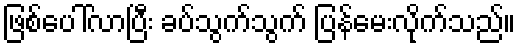
ဖြစ်ပေါ်လာပြီး ခပ်သွက်သွက် ပြန်မေးလိုက်သည်။